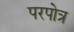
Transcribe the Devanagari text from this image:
परपोत्र